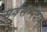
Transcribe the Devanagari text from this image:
सर्वसम्पदाम्‌।